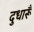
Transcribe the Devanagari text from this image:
दुधारूँ